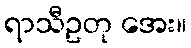
ရာသီဥတု အေး။